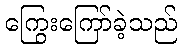
ကြွေးကြော်ခဲ့သည်